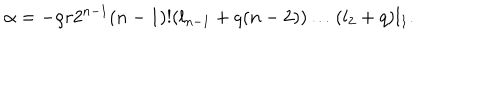
\alpha = - \rho r 2 ^ { n - 1 } ( n - 1 ) ! ( l _ { n - 1 } + q ( n - 2 ) ) \ldots ( l _ { 2 } + q ) l _ { 1 } .